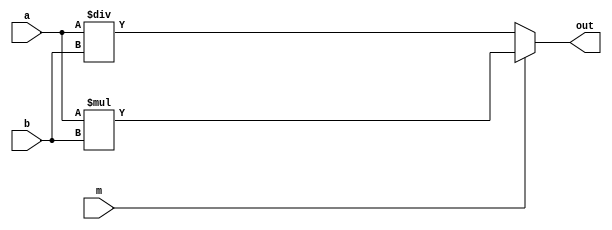
module DSP_COMBINATIONAL (
	a, b, m,
	out
);
	localparam DATA_WIDTH = 4;

	input wire [DATA_WIDTH/2-1:0] a;
	input wire [DATA_WIDTH/2-1:0] b;
	input wire m;

	(* DELAY_CONST_a="30e-12" *)
	(* DELAY_CONST_b="30e-12" *)
	(* DELAY_CONST_m="10e-12" *)
	output wire [DATA_WIDTH-1:0] out;

	// Full adder combinational logic
	assign out = m ? a * b : a / b;
endmodule